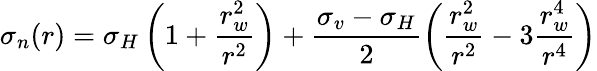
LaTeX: \sigma_{n}(r)=\sigma_{H}\left(1+\frac{r_{w}^{2}}{r^{2}}\right)+\frac{\sigma_{v}-\sigma_{H}}{2}\left(\frac{r_{w}^{2}}{r^{2}}-3\frac{r_{w}^{4}}{r^{4}}\right)